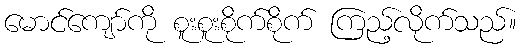
မောင်ကျော်ကို စူးစူးစိုက်စိုက် ကြည့်လိုက်သည်။